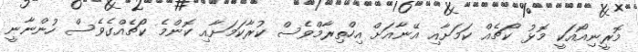
މޮރީނިއޯއަކީ މޮޅު ކޯޗެއް ކަމަށާއި އޭނާއަށް އިހްތިރާމްވެސް ކުރާކަމަށާއި ކޮންމެ ކޯޗެއްގެވެސް ހުންނާނީ